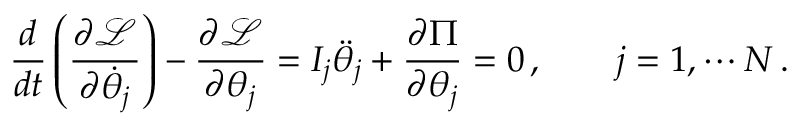
\frac { d } { d t } \left( \frac { \partial \mathcal { L } } { \partial \dot { \theta } _ { j } } \right) - \frac { \partial \mathcal { L } } { \partial \theta _ { j } } = I _ { j } \ddot { \theta } _ { j } + \frac { \partial \Pi } { \partial \theta _ { j } } = 0 \, , \qquad j = 1 , \cdots N \, .